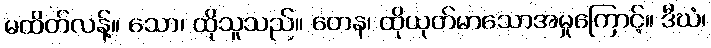
မထိတ်လန့်။ သော၊ ထိုသူသည်။ တေန၊ ထိုယုတ်မာသောအမှုကြောင့်။ ဒီဃံ၊